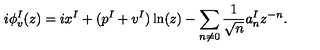
i \phi _ { v } ^ { I } ( z ) = i x ^ { I } + ( p ^ { I } + v ^ { I } ) \ln ( z ) - \sum _ { n \not = 0 } { \frac { 1 } { \sqrt { n } } } a _ { n } ^ { I } z ^ { - n } .